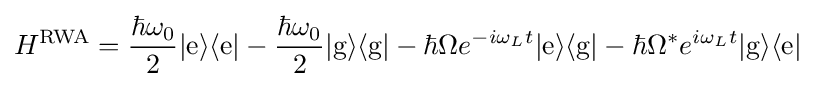
H^{\text{RWA}}={\frac {\hbar \omega _{0}}{2}}|{\text{e}}\rangle \langle {\text{e}}|-{\frac {\hbar \omega _{0}}{2}}|{\text{g}}\rangle \langle {\text{g}}|-\hbar \Omega e^{-i\omega _{L}t}|{\text{e}}\rangle \langle {\text{g}}|-\hbar \Omega ^{*}e^{i\omega _{L}t}|{\text{g}}\rangle \langle {\text{e}}|